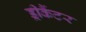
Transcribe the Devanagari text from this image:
ड्रीकैंटर